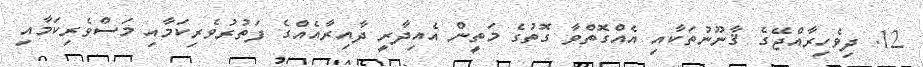
12. ދިވެހިރާއްޖޭގެ ޤާނޫނުތަކާއި އެއްގޮތްވާ ގޮތުގެ މަތީން އެއިދާރީ ދާއިރާއެއްގެ ފަތުރުވެރިކަމާއި މަސްވެރިކަމާއި